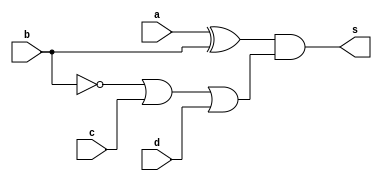
module HW1_gate(a, b, c, d, s);
    input a, b, c, d;
    output s;

    wire s0, b_, s1;
    // Gate Level Design
    xor xor1(s0, a, b);
    not not1(b_, b);
    or or1(s1, b_, c, d);

    and ana1(s, s0, s1);

endmodule